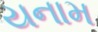
યનામ